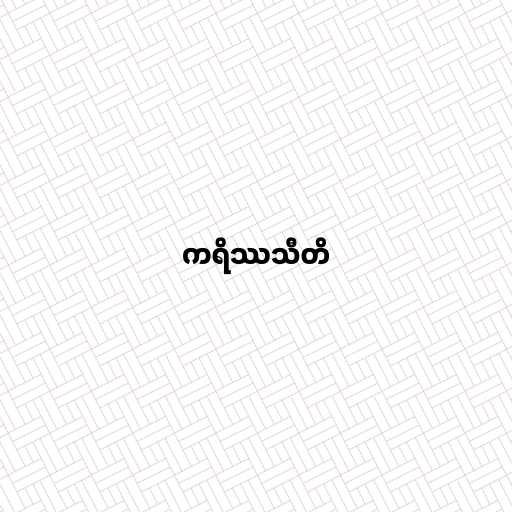
ကရိဿသီတိ